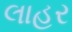
લાહર